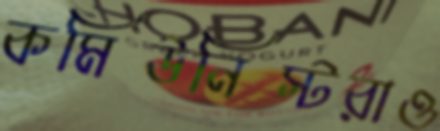
কমিউনিস্টরাও